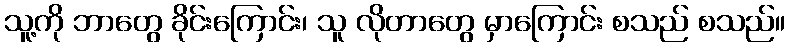
သူ့ကို ဘာတွေ ခိုင်းကြောင်း၊ သူ လိုတာတွေ မှာကြောင်း စသည် စသည်။